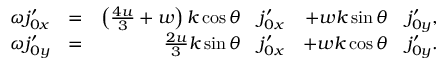
\begin{array} { r l r l r l } { \omega \ensuremath { j _ { 0 x } ^ { \prime } } } & { = } & { \left( \frac { 4 u } { 3 } + w \right) k \cos \theta } & { \ensuremath { j _ { 0 x } ^ { \prime } } } & { + w k \sin \theta } & { \ensuremath { j _ { 0 y } ^ { \prime } } , } \\ { \omega \ensuremath { j _ { 0 y } ^ { \prime } } } & { = } & { \frac { 2 u } { 3 } k \sin \theta } & { \ensuremath { j _ { 0 x } ^ { \prime } } } & { + w k \cos \theta } & { \ensuremath { j _ { 0 y } ^ { \prime } } . } \end{array}